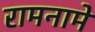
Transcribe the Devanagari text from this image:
रामनामे